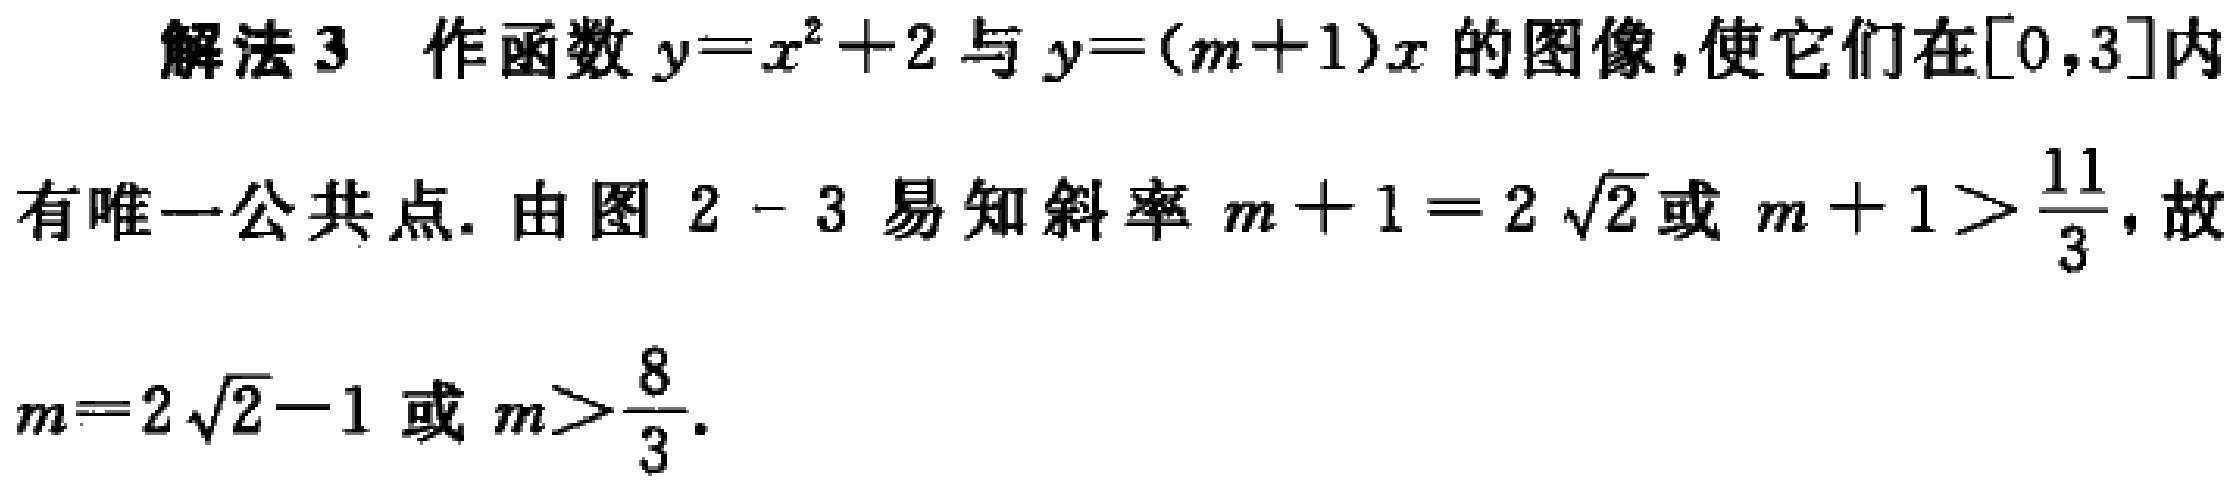
解法 3 作函数 \(y = x^{2}+2\) 与 \(y=(m + 1)x\) 的图像，使它们在\([0,3]\)内

有唯一公共点. 由图 \(2 - 3\) 易知斜率 \(m + 1 = 2\sqrt{2}\) 或 \(m + 1>\frac{11}{3}\)，故

\(m = 2\sqrt{2}-1\) 或 \(m>\frac{8}{3}\).